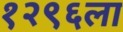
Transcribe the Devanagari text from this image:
१२९६ला